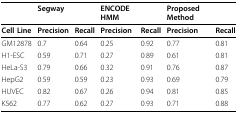
<table><thead><tr><td></td><td><b>Segway</b></td><td></td><td><b>ENCODE HMM</b></td><td></td><td><b>Proposed Method</b></td><td></td></tr></thead><tbody><tr><td><b>Cell Line</b></td><td><b>Precision</b></td><td><b>Recall</b></td><td><b>Precision</b></td><td><b>Recall</b></td><td><b>Precision</b></td><td><b>Recall</b></td></tr><tr><td>GM12878</td><td>0.7</td><td>0.64</td><td>0.25</td><td>0.92</td><td>0.77</td><td>0.81</td></tr><tr><td>H1-ESC</td><td>0.59</td><td>0.71</td><td>0.27</td><td>0.89</td><td>0.61</td><td>0.81</td></tr><tr><td>HeLa-S3</td><td>0.79</td><td>0.66</td><td>0.32</td><td>0.91</td><td>0.76</td><td>0.87</td></tr><tr><td>HepG2</td><td>0.59</td><td>0.59</td><td>0.23</td><td>0.93</td><td>0.69</td><td>0.79</td></tr><tr><td>HUVEC</td><td>0.82</td><td>0.67</td><td>0.26</td><td>0.94</td><td>0.81</td><td>0.85</td></tr><tr><td>K562</td><td>0.77</td><td>0.62</td><td>0.27</td><td>0.93</td><td>0.71</td><td>0.88</td></tr></tbody></table>